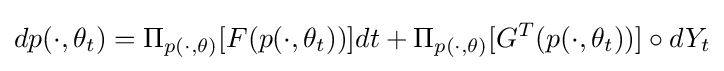
dp(\cdot ,\theta _{t})=\Pi _{p(\cdot ,\theta )}[F(p(\cdot ,\theta _{t}))]dt+\Pi _{p(\cdot ,\theta )}[G^{T}(p(\cdot ,\theta _{t}))]\circ dY_{t}